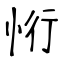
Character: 㤚